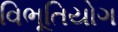
વિભૂતિયોગ